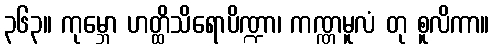
၃၆၃။ ကုမ္ဘော ဟတ္ထိသိရောပိဏ္ဍာ၊ ကဏ္ဏမူလံ တု စူလိကာ။